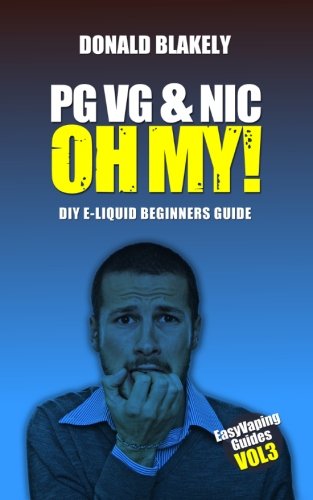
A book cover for PG VG & Nic, OH MY!: DIY E-liquid Beginners Guide for Electronic Cigarettes (Easy Vaping Guides) (Volume 3); Donald Blakely; Health, Fitness & Dieting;